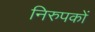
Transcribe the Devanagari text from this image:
निरुपकों